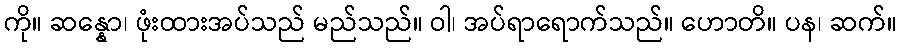
ကို။ ဆန္နော၊ ဖုံးထားအပ်သည် မည်သည်။ ဝါ၊ အပ်ရာရောက်သည်။ ဟောတိ။ ပန၊ ဆက်။